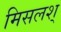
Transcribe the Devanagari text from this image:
मिसलश्